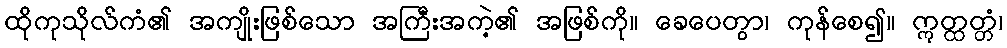
ထိုကုသိုလ်ကံ၏ အကျိုးဖြစ်သော အကြီးအကဲ့၏ အဖြစ်ကို။ ခေပေတွာ၊ ကုန်စေ၍။ ဣတ္ထတ္တံ၊